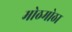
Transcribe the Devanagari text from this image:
मोठमोठा